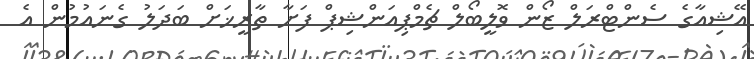
އޭޝިއާގެ ސެންޓްރަލް ޒޯން ވޮލީބޯލް ޗެމްޕިއަންޝިޕް ފަށާ ތާރީޚަށް ބަދަލު ގެނައުމުން އެ